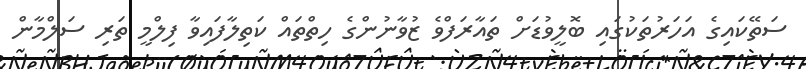
ސަތޭކައިގެ އަހަރުތަކުގައި ބޮލީވުޑަށް ތައާރަފްވެ ޒުވާނުންގެ ހިތްތައް ކަތިލާފައިވާ ފިލްމީ ތަރި ސަލްމާން